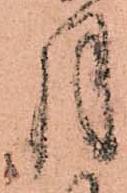
月